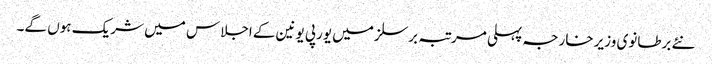
نئے برطانوی وزیر خارجہ پہلی مرتبہ برسلز میں یورپی یونین کے اجلاس میں شریک ہوں گے۔